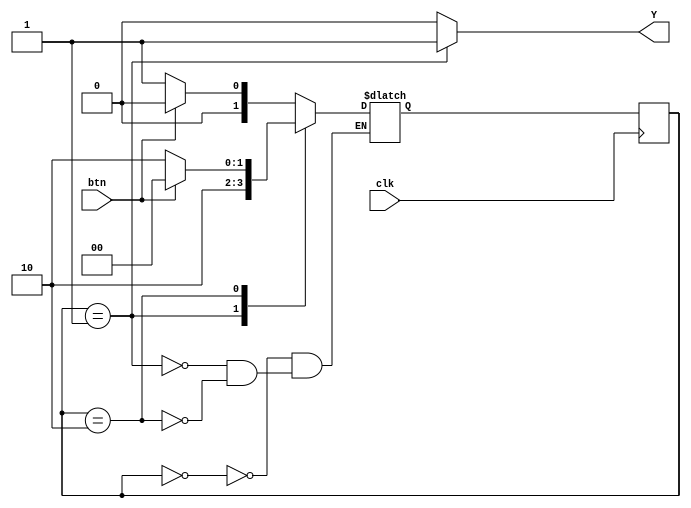
module One_shot (btn,clk,Y);
input btn,clk;
output Y;
reg [1:0] ns,cs;

always@(posedge clk)
  cs<=ns;
always@(btn or cs)
 case(cs)
  2'd0:ns<=btn?3'd0:3'd1;
  2'd1:ns<=3'd2;
  2'd2:ns<=btn?3'd0:3'd2;
 endcase

 assign Y=(cs==2'd1)?1'b1:1'b0;
	
endmodule